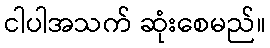
ငါပါအသက် ဆုံးစေမည်။